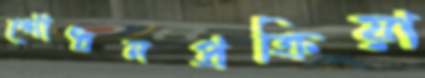
শোধনপ্রক্রিয়া